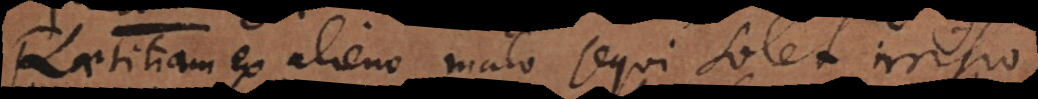
Laetitiam ex alieno malo sequi solet irrisio